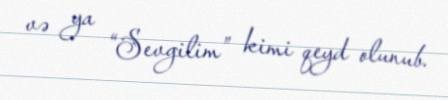
və ya “Sevgilim” kimi qeyd olunub.